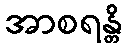
အာစရန္တိ